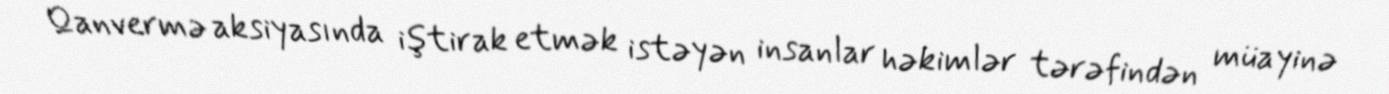
Qanvermə aksiyasında iştirak etmək istəyən insanlar həkimlər tərəfindən müayinə